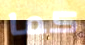
كما